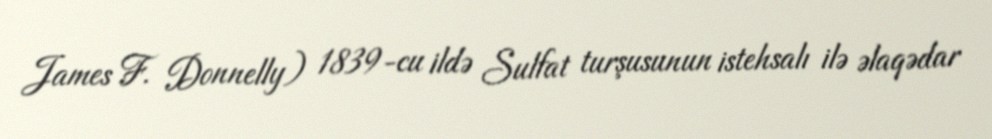
James F. Donnelly) 1839-cu ildə Sulfat turşusunun istehsalı ilə əlaqədar